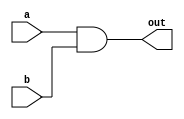
module AND_behaviour(a, b, out);

	 input [31:0] a;  // 32-bit input data
    input [31:0] b;  // 32-bit input data
    output [31:0] out;  // 32-bit output data
	 
	 assign out = a & b;

endmodule